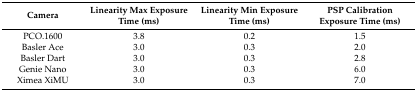
<table><thead><tr><td><b>Camera</b></td><td><b>Linearity Max Exposure Time (ms)</b></td><td><b>Linearity Min Exposure Time (ms)</b></td><td><b>PSP Calibration Exposure Time (ms)</b></td></tr></thead><tbody><tr><td>PCO.1600</td><td>3.8</td><td>0.2</td><td>1.5</td></tr><tr><td>Basler Ace</td><td>3.0</td><td>0.3</td><td>2.0</td></tr><tr><td>Basler Dart</td><td>3.0</td><td>0.3</td><td>2.8</td></tr><tr><td>Genie Nano</td><td>3.0</td><td>0.3</td><td>6.0</td></tr><tr><td>Ximea XiMU</td><td>3.0</td><td>0.3</td><td>7.0</td></tr></tbody></table>